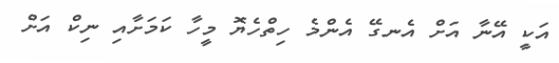
އަކީ އޭނާ އަށް އެނގޭ އެންމެ ހިތްހެޔޮ މީހާ ކަމަށާއި ނިކް އަށް